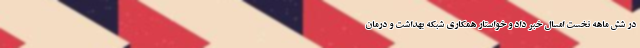
در شش ماهه نخست امسال خبر داد و خواستار همکاری شبکه بهداشت و درمان